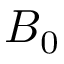
B _ { 0 }